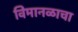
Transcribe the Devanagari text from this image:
विमानळाचा